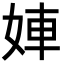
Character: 𡝀